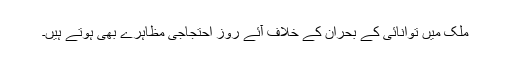
ملک میں توانائی کے بحران کے خلاف آئے روز احتجاجی مظاہرے بھی ہوتے ہیں۔